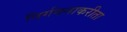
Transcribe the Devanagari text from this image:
निर्गमनाकरीता